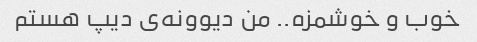
خوب و خوشمزه.. من دیوونه‌ی دیپ هستم